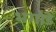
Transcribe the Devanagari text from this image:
भगोडे